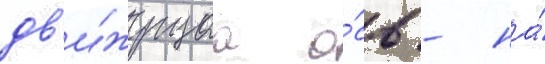
дв'и́жущаа о́сь - на́